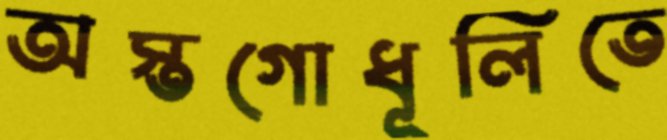
অস্তগোধূলিতে